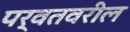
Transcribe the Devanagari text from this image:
पर्वतवरील